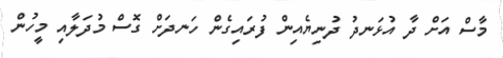
މާސް އަށް ދާ އުޅަނދު ދުނިޔެއިން ފުރައިގެން ހަނދަށް ގޮސް މުދަލާއި މީހުން